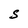
Character: S